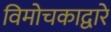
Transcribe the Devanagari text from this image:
विमोचकाद्वारे